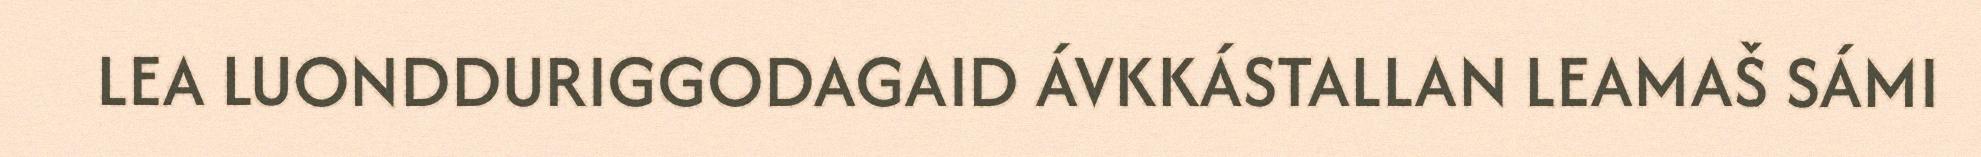
LEA LUONDDURIGGODAGAID ÁVKKÁSTALLAN LEAMAŠ SÁMI